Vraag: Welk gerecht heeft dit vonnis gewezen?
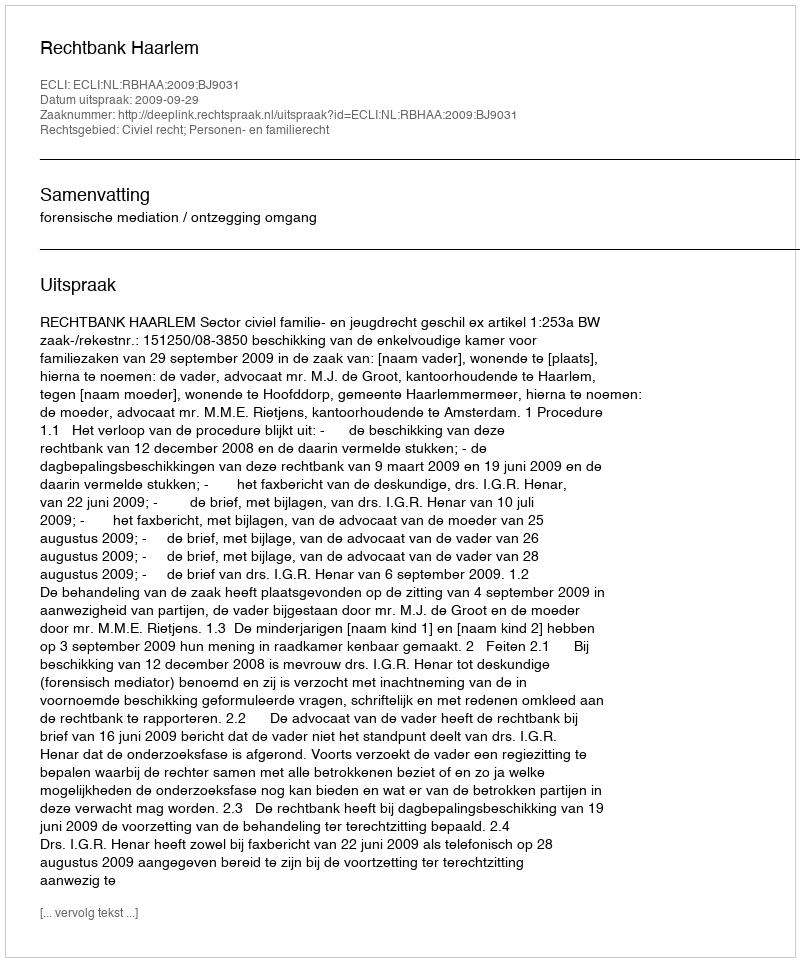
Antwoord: Rechtbank Haarlem